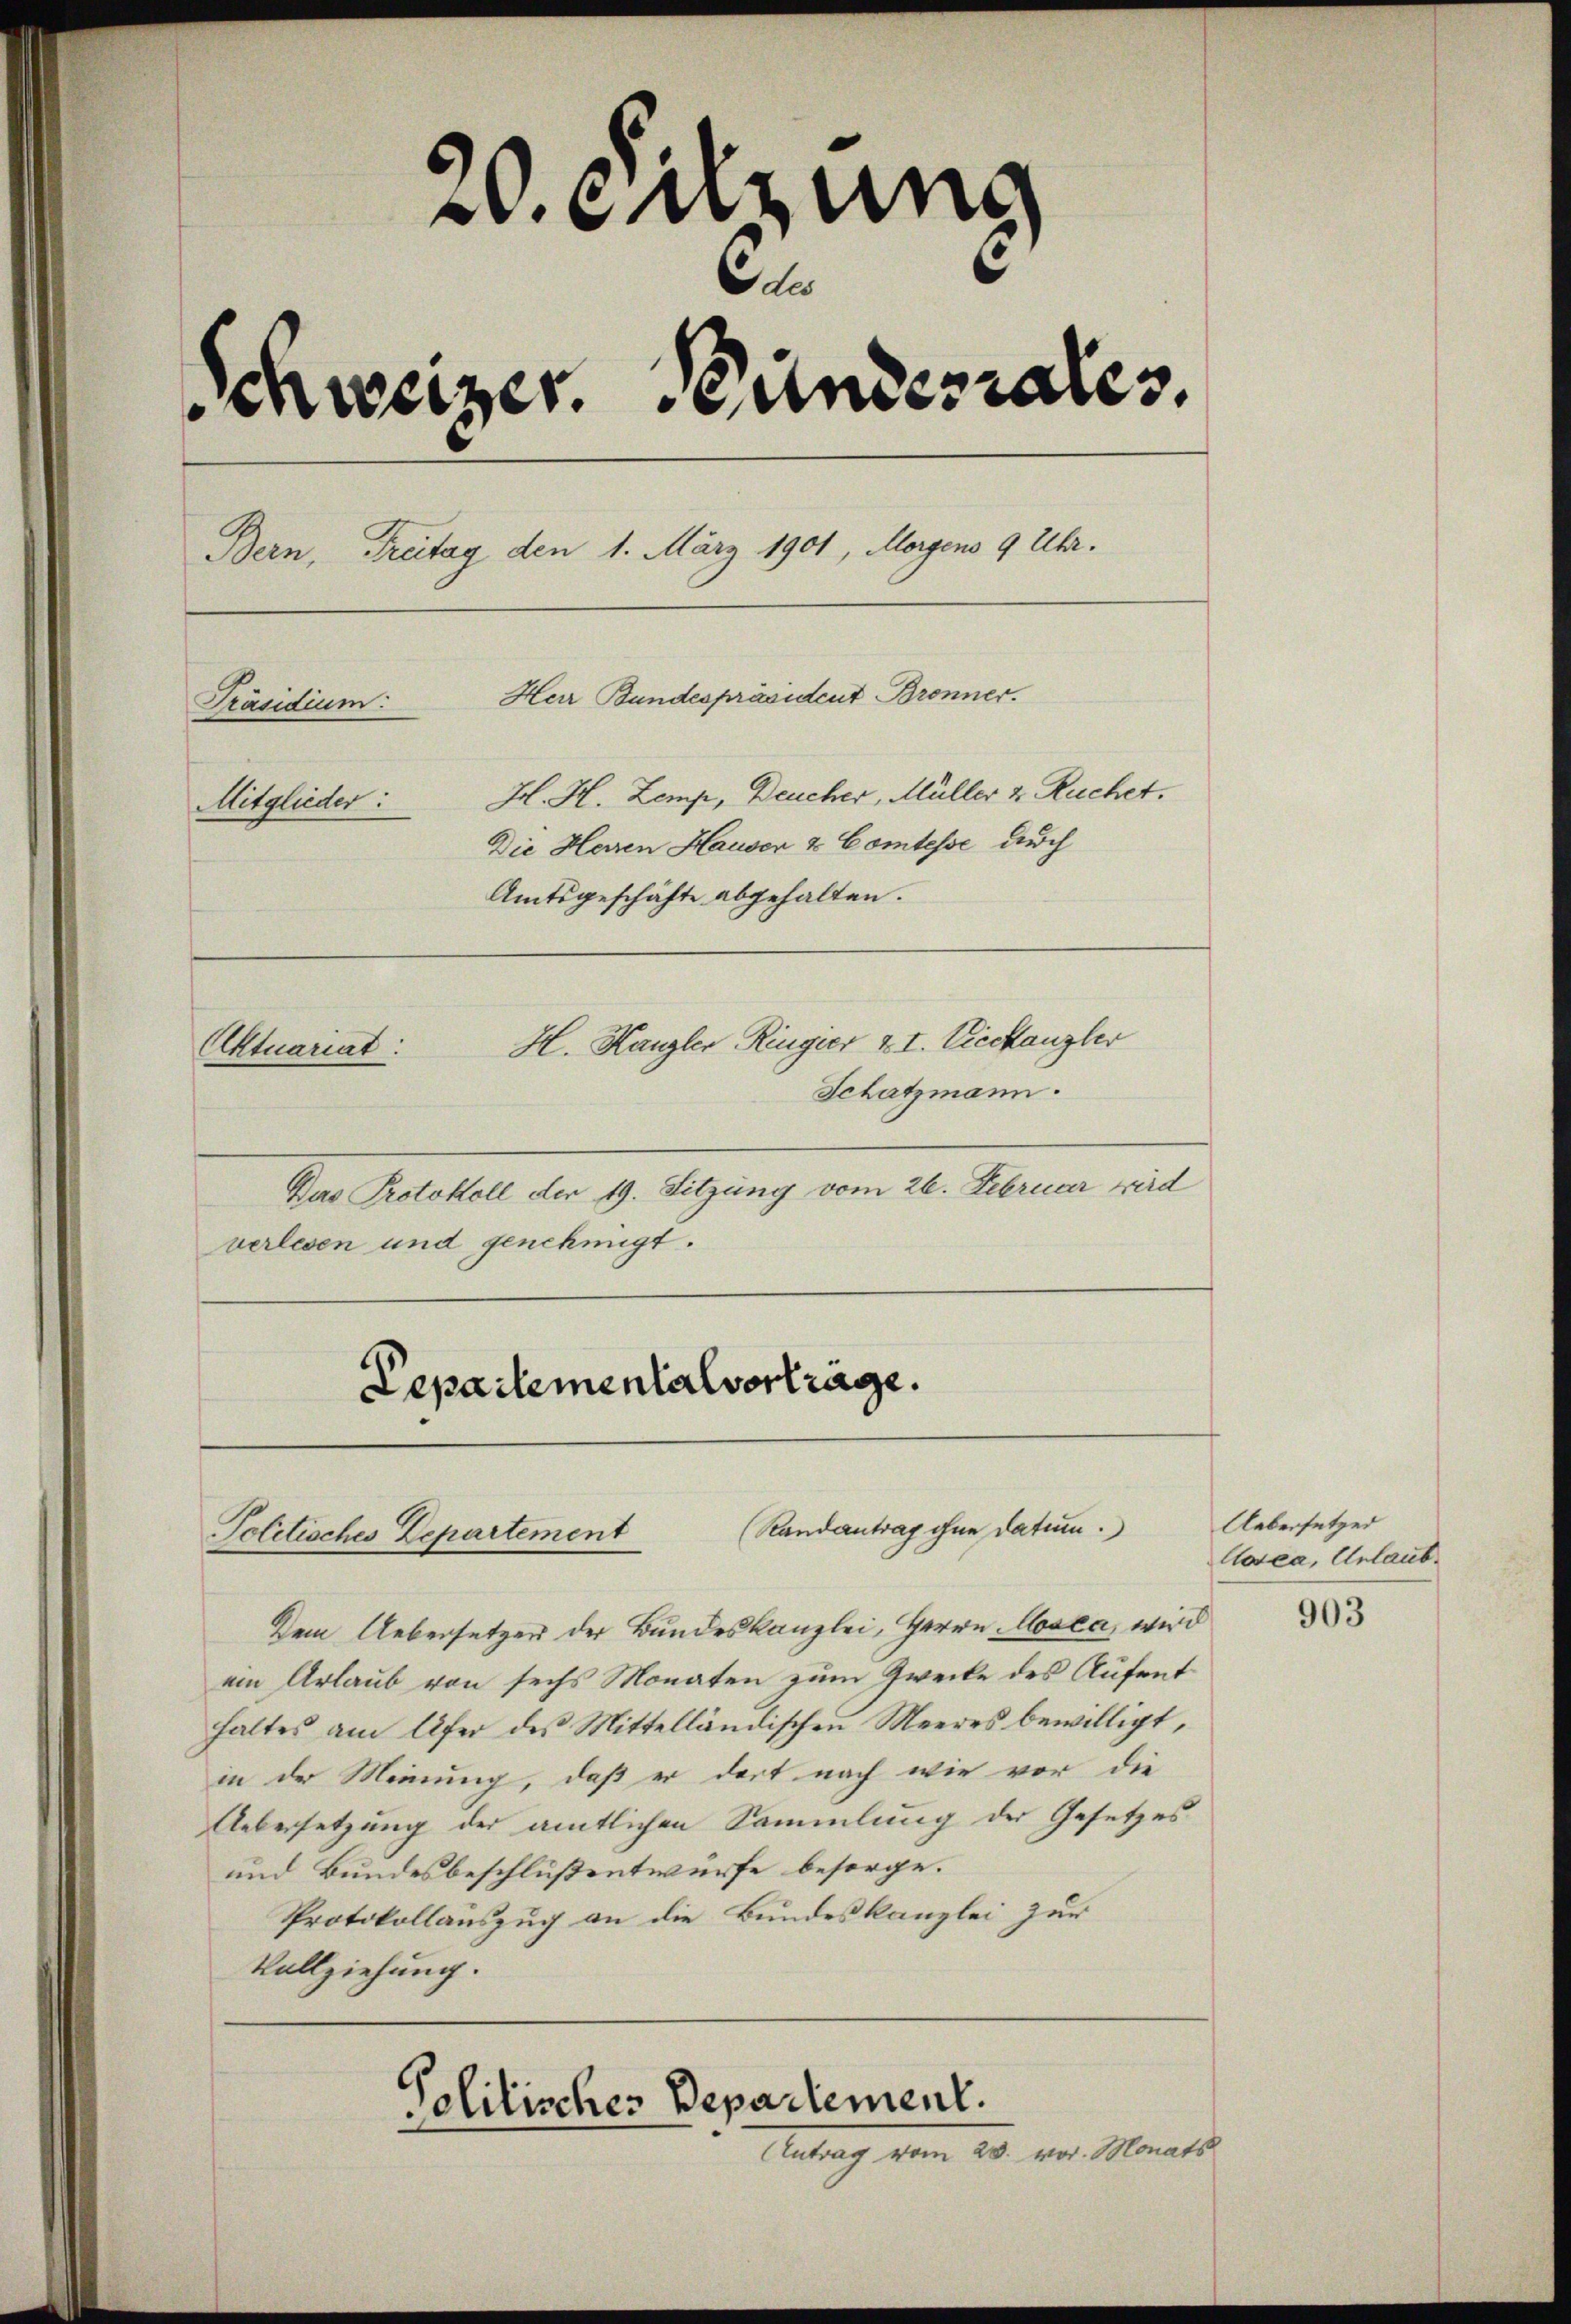
20. Sitzung
des
Schweizer. Stundesrates.
Bern, Treitag den 1. März 1901, Morgens 9 Uhr.
Herr Bundespräsident Brenner.
Präsidium:
H. H. Zemp, Deucher, Müller & Ruchet.
Mitglieder:
Die Herren Hauser & Comtesse durch
Amtsgeschäfte abgehalten.
H. Kanzler Ringier XI. Viechanzler
Aktuariat:
Schatzmann.
Das Protokoll der 19. Sitzung vom 26. Februar wird

verlesen und genehmigt.

Dem Uebersetzer der Bundeskanzlei, Herrn Mosca, wird
ein Urlaub von sechs Monaten zum Zwecke des Aufenthaltes am Ufer des Mittelländischen Meeres bewilligt,
in der Meinung, daß er dort nach wie vor die
Uebersetzung der amtlichen Sammlung der Gesetzes
und Bundesbeschlußentwürfe besorge.
Protokollauszug an die Bundeskanzlei zur
Vollziehung.

Departementalvertrage.

(Randantrag ohne Datum.)
Politisches Departement

Politisches Departement.

Antrag vom 28. vor. Monats

Uebersetzes
Cosea, Urlaub.

903